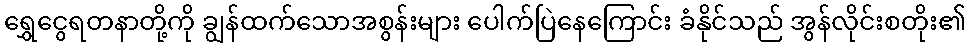
ရွှေငွေရတနာတို့ကို ချွန်ထက်သောအစွန်းများ ပေါက်ပြဲနေကြောင်း ခံနိုင်သည် အွန်လိုင်းစတိုး၏